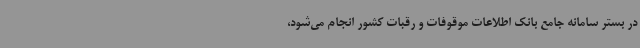
در بستر سامانه جامع بانک اطلاعات موقوفات و رقبات کشور انجام می‌شود،